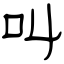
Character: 叫